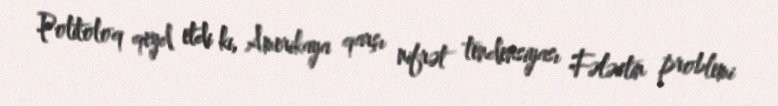
Politoloq qeyd etdi ki, Amerikaya qarşı nifrət tendensiyası Fələstin problemi